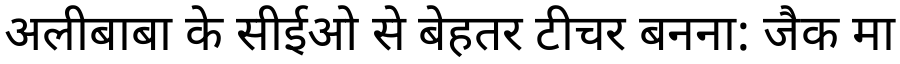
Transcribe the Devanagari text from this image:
अलीबाबा के सीईओ से बेहतर टीचर बनना: जैक मा